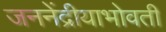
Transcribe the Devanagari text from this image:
जननेंद्रीयाभोवती